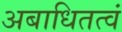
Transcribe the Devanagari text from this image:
अबाधितत्वं